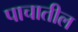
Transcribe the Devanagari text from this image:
पाचातील